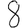
Digit: 8